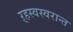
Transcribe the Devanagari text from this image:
ऱ्हस्वस्वरान्त